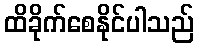
ထိခိုက်စေနိုင်ပါသည်